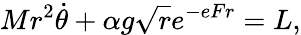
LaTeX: Mr^{2}\dot{\theta}+\alpha g{\sqrt r}e^{-eFr}=L,